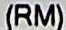
(RM)